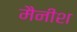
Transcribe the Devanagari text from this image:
मैनीश